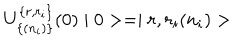
U _ { \{ ( n _ { i } ) \} } ^ { \{ r , r _ { i } \} } ( 0 ) \mid 0 > = \mid r , r _ { i } ( n _ { i } ) >